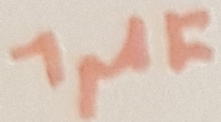
Text: 1µF